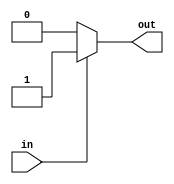
module push_pull_buffer (
    input wire in,
    output reg out
);

always @* begin
    if(in)
        out = 1'b1;
    else
        out = 1'b0;
end

endmodule